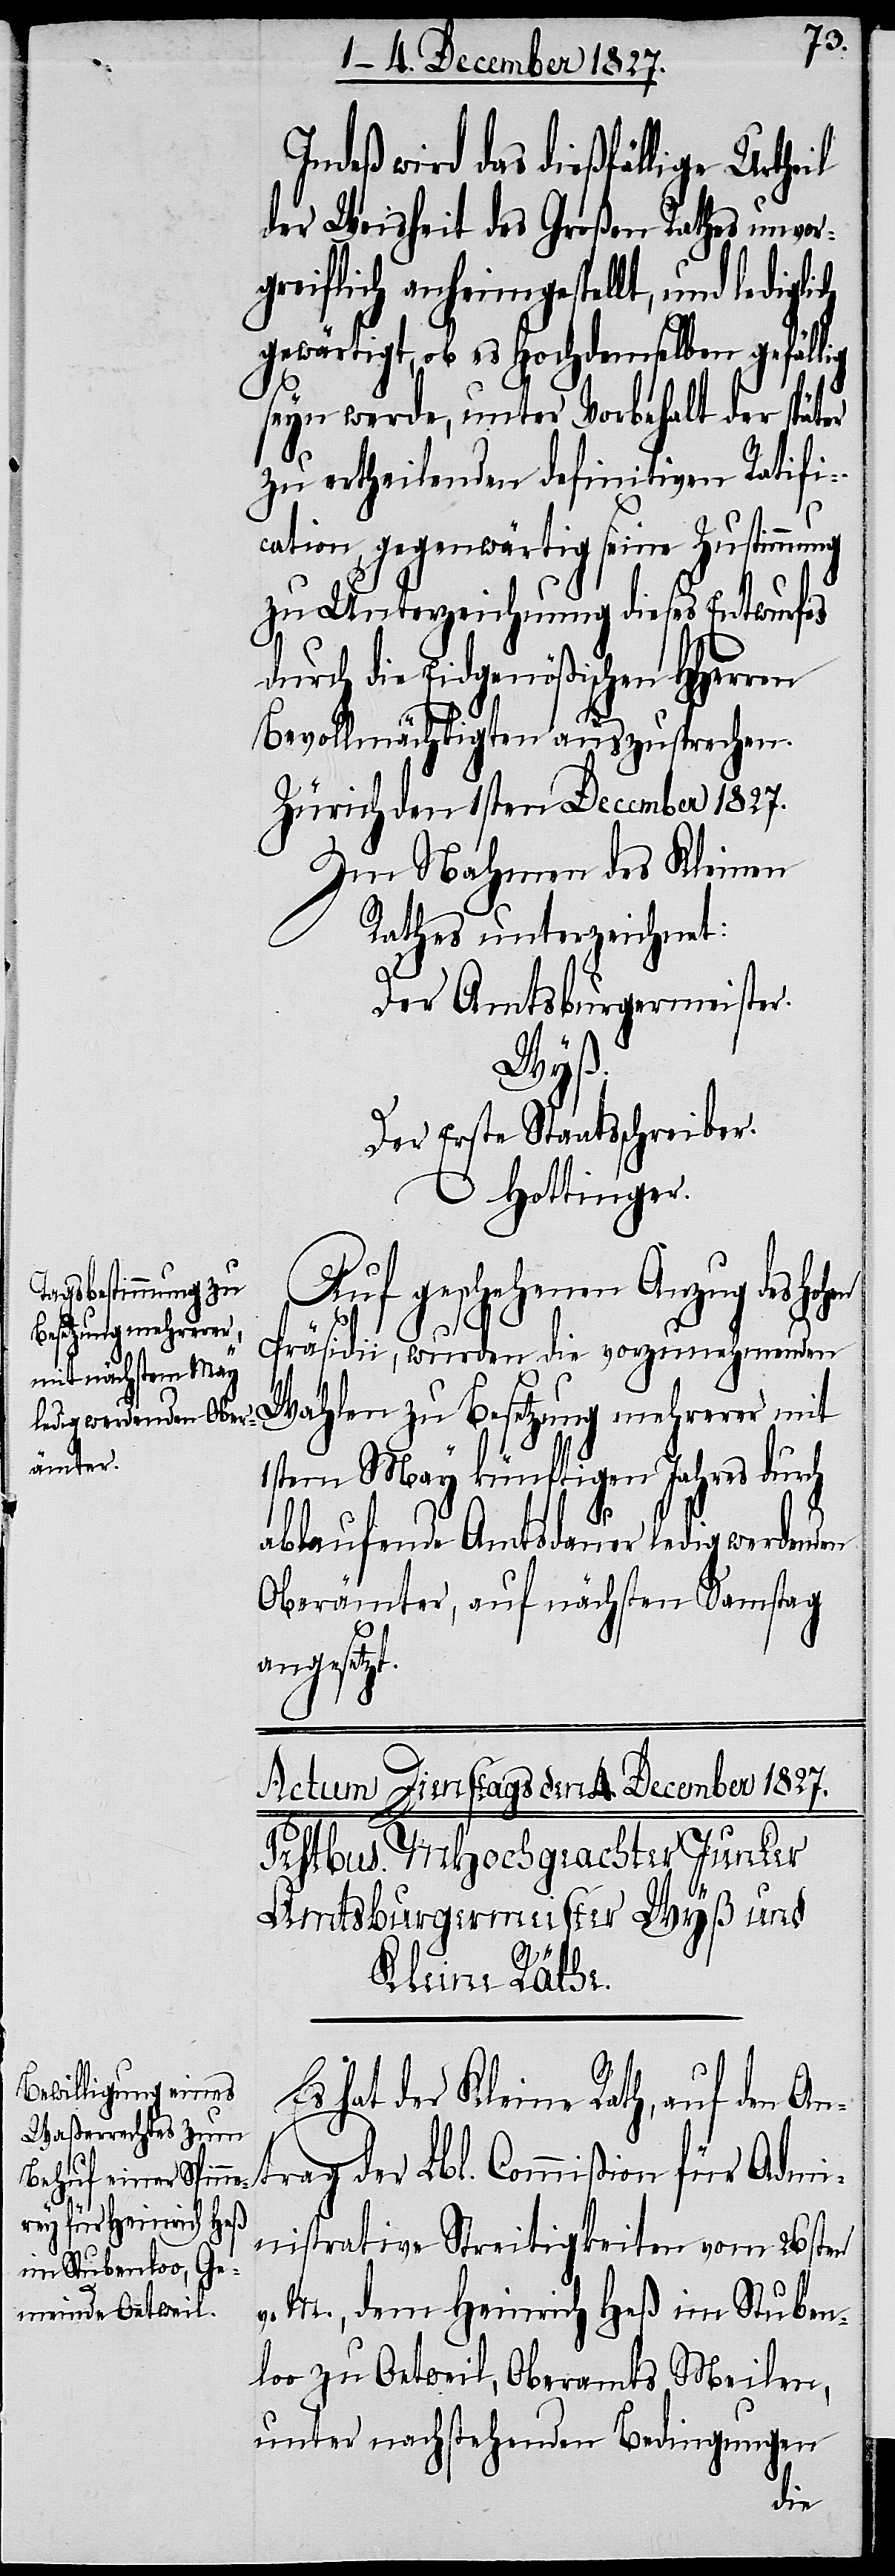
Indeß wird das dießfällige Urtheil
der Weisheit des Großen Rathes unvor¬
greiflich anheimgestellt, und ledig¬
gewärtigt, ob es Hochdemselben gefällig
lich
seyn werde, unter Vorbehalt der später
zu ertheilenden definitiven Ratifi¬
cation, gegenwärtig seine Zustimmung
zu Unterzeichnung dieses Entwurfes
durch die Eidgenößischen HHerren
Bevollmächtigten auszusprechen.
Zürich den 1sten December 1827.
Im Nahmen des Kleinen
Rathes unterzeichnet:
Der Amtsburgermeister.
Ant¬
Der Erste Staatsschreiber.
Hottinger.
Auf geschehenen Anzug des
Präsidii, wurden die vorzunehmenden
Wahlen zu Besetzung mehrerer mit
1stem May künftigen Jahres durch
ablaufende Amtsdauer ledig werdenden
Oberämter, auf nächsten Samstag
angesetzt.
Es hat der Kleine Rath, auf den
rag der Lbl. Commißion für Admi¬
nistrative Streitigkeiten vom 26sten
v. M., dem Heinrich Heß im Stuben¬
loo zu Oetweil, Oberamtes Meilen,
unter nachstehenden Bedingungen